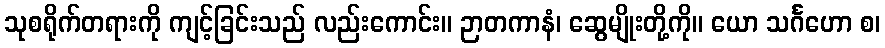
သုစရိုက်တရားကို ကျင့်ခြင်းသည် လည်းကောင်း။ ဉာတကာနံ၊ ဆွေမျိုးတို့ကို။ ယော သင်္ဂဟော စ၊